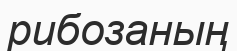
рибозаның